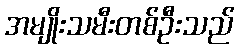
အမျိုးသမီးတစ်ဦးသည်